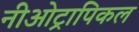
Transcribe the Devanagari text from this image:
नीओट्रापिकल